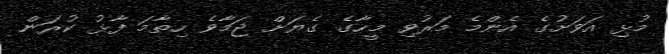
މުޅި އަވަށުގެ އެންމެ މަރުވި މީހާގެ ގެޔަށް ޖަމާވެ ހިތާމަ ފާޅު ކުރަން